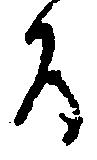
間